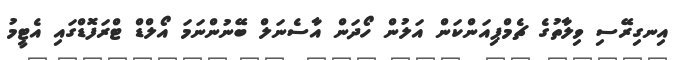
އިނގިރޭސި ވިލާތުގެ ޗެމްޕިއަންކަން އަލުން ހޯދަން އާސެނަލް ބޭނުންނަމަ އޯލްޑް ޓްރަފޮޑްގައި އެޓީމު